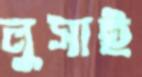
লুসাই